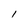
Character: I